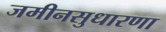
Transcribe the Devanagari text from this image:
जमीनसुधारणा